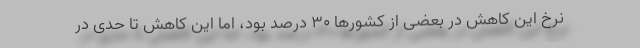
نرخ این کاهش در بعضی از کشورها ۳۰ درصد بود، اما این کاهش تا حدی در